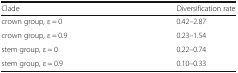
| Clade | Diversification rate |
 | --- | --- |
 | crown group, ε = 0 | 0.42–2.87 |
 | crown group, ε = 0.9 | 0.23–1.54 |
 | stem group, ε = 0 | 0.22–0.74 |
 | stem group, ε = 0.9 | 0.10–0.33 |